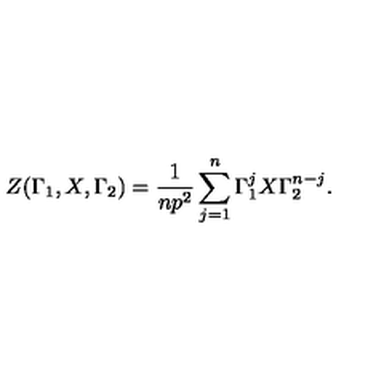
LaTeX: Z ( \Gamma _ { 1 } , X , \Gamma _ { 2 } ) = \frac { 1 } { n p ^ { 2 } } \sum _ { j = 1 } ^ { n } \Gamma _ { 1 } ^ { j } X \Gamma _ { 2 } ^ { n - j } .